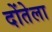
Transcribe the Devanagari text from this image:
दोंतेला